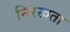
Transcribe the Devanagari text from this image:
निरखता